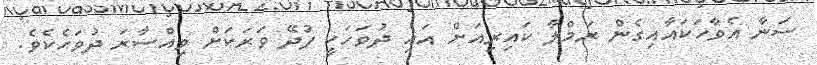
ސަނާ އެވާހަކައާއިގެން ރަމްލާ ކައިރިއަށް އައި ދުވަހަކީ ފުދޭ ވަރަކަށް ވިއްސާރަ ދުވަހެކެވެ.